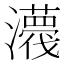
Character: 𤃿